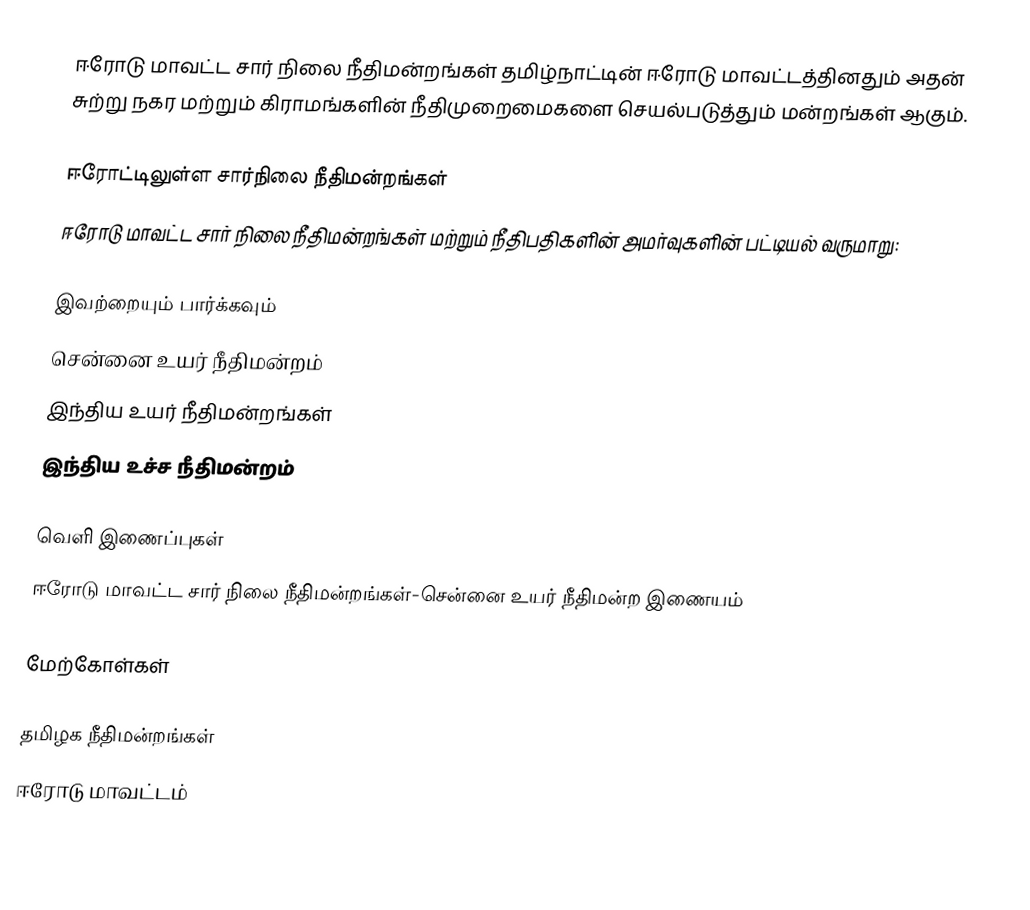
ஈரோடு மாவட்ட சார் நிலை நீதிமன்றங்கள் தமிழ்நாட்டின் ஈரோடு மாவட்டத்தினதும் அதன் சுற்று நகர மற்றும் கிராமங்களின் நீதிமுறைமைகளை செயல்படுத்தும் மன்றங்கள் ஆகும்.

ஈரோட்டிலுள்ள சார்நிலை நீதிமன்றங்கள்
ஈரோடு மாவட்ட சார் நிலை நீதிமன்றங்கள் மற்றும் நீதிபதிகளின் அமர்வுகளின் பட்டியல் வருமாறு:

இவற்றையும் பார்க்கவும்
சென்னை உயர் நீதிமன்றம்
இந்திய உயர் நீதிமன்றங்கள்
இந்திய உச்ச நீதிமன்றம்

வெளி இணைப்புகள்
ஈரோடு மாவட்ட சார் நிலை நீதிமன்றங்கள்-சென்னை உயர் நீதிமன்ற இணையம்

மேற்கோள்கள்

தமிழக நீதிமன்றங்கள்
ஈரோடு மாவட்டம்